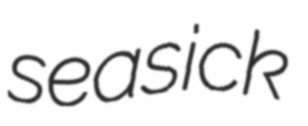
seasick